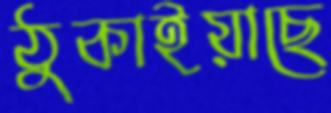
ঠুকাইয়াছে